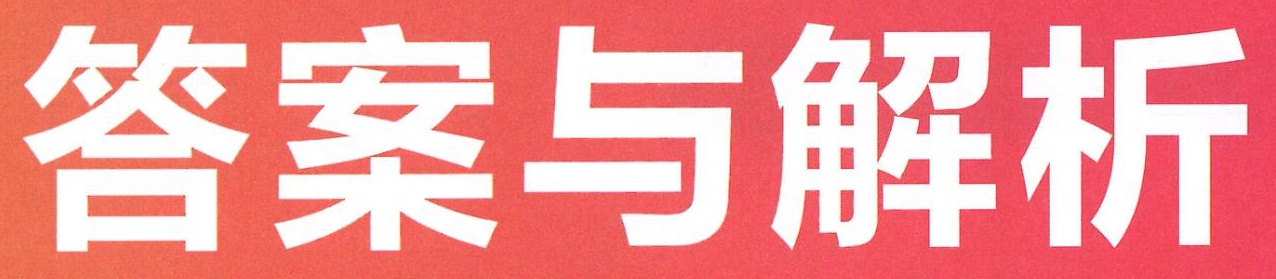
答案与解析